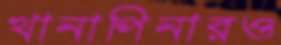
খানাপিনারও